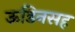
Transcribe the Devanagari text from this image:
ऊडिनसह